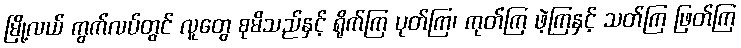
မြို့လယ် ကွက်လပ်တွင် လူတွေ စုမိသည်နှင့် ရိုက်ကြ ပုတ်ကြ၊ ကုတ်ကြ ဖဲ့ကြနှင့် သတ်ကြ ဖြတ်ကြ